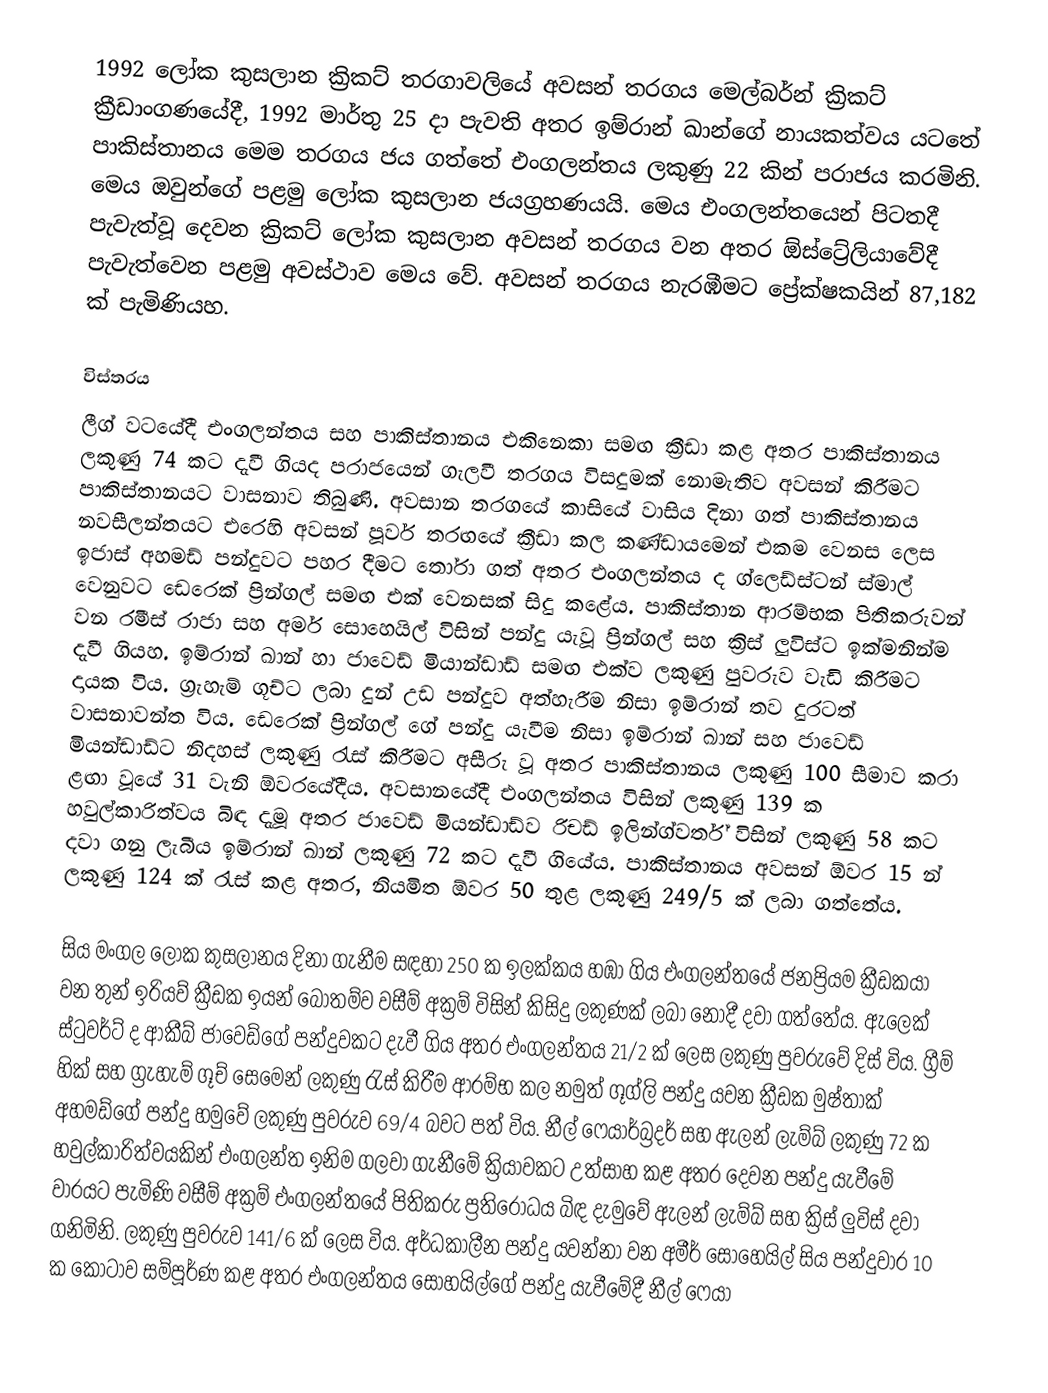
1992 ලෝක කුසලාන ක්‍රිකට් තරගාවලියේ අවසන් තරගය මෙල්බර්න් ක්‍රිකට් ක්‍රීඩාංගණයේදී, 1992 මාර්තු 25 දා පැවති අතර ඉම්රාන් ඛාන්ගේ නායකත්වය යටතේ පාකිස්තානය මෙම තරගය ජය ගත්තේ එංගලන්තය ලකුණු 22 කින් පරාජය කරමිනි. මෙය ඔවුන්ගේ පළමු ලෝක කුසලාන ජයග්‍රහණයයි. මෙය එංගලන්තයෙන් පිටතදී පැවැත්වූ දෙවන ක්‍රිකට් ලෝක කුසලාන අවසන් තරගය වන අතර ඕස්ට්‍රේලියාවේදී පැවැත්වෙන පළමු අවස්ථාව මෙය වේ. අවසන් තරගය නැරඹීමට ප්‍රේක්ෂකයින් 87,182 ක් පැමිණියහ.

විස්තරය
ලීග් වටයේදී එංගලන්තය සහ පාකිස්තානය එකිනෙකා සමඟ ක්‍රීඩා කළ අතර පාකිස්තානය ලකුණු 74 කට දැවී ගියද පරාජයෙන් ගැලවී තරගය විසදුමක් නොමැතිව අවසන් කිරීමට පාකිස්තානයට වාසනාව තිබුණි. අවසාන තරගයේ කාසියේ වාසිය දිනා ගත් පාකිස්තානය නවසීලන්තයට එරෙහි අවසන් පූර්ව තරඟයේ ක්‍රීඩා කල කණ්ඩායමෙන් එකම වෙනස ලෙස ඉජාස් අහමඩ් පන්දුවට පහර දීමට තෝරා ගත් අතර එංගලන්තය ද ග්ලෙඩ්ස්ටන් ස්මාල් වෙනුවට ඩෙරෙක් ප්‍රින්ගල් සමඟ එක් වෙනසක් සිදු කළේය. පාකිස්තාන ආරම්භක පිතිකරුවන් වන රමීස් රාජා සහ අමර් සොහෙයිල් විසින් පන්දු යැවූ ප්‍රින්ගල් සහ ක්‍රිස් ලුවිස්ට ඉක්මනින්ම දැවී ගියහ. ඉම්රාන් ඛාන් හා ජාවෙඩ් මියාන්ඩාඩ් සමඟ එක්ව ලකුණු පුවරුව වැඩි කිරීමට දායක විය. ග්‍රැහැම් ගූච්ට ලබා දුන් උඩ පන්දුව අත්හැරීම නිසා ඉම්රාන් තව දුරටත් වාසනාවන්ත විය. ඩෙරෙක් ප්‍රින්ගල් ගේ පන්දු යැවීම නිසා ඉම්රාන් ඛාන් සහ ජාවෙඩ් මියන්ඩාඩ්ට නිදහස් ලකුණු රැස් කිරීමට අසීරු වූ අතර පාකිස්තානය ලකුණු 100 සීමාව කරා ළඟා වූයේ 31 වැනි ඕවරයේදීය. අවසානයේදී එංගලන්තය විසින් ලකුණු 139 ක හවුල්කාරිත්වය බිඳ දැමූ අතර ජාවෙඩ් මියන්ඩාඩ්ව රිචඩ් ඉලින්ග්වර්ත් විසින් ලකුණු 58 කට දවා ගනු ලැබීය ඉම්රාන් ඛාන් ලකුණු 72 කට දැවී ගියේය. පාකිස්තානය අවසන් ඕවර 15 න් ලකුණු 124 ක් රැස් කළ අතර, නියමිත ඕවර 50 තුළ ලකුණු 249/5 ක් ලබා ගත්තේය.

සිය මංගල ලෝක කුසලානය දිනා ගැනීම සඳහා 250 ක ඉලක්කය හඹා ගිය එංගලන්තයේ ජනප්‍රියම ක්‍රීඩකයා වන තුන් ඉරියව් ක්‍රීඩක ඉයන් බොතම්ව වසීම් අක්‍රම් විසින් කිසිදු ලකුණක් ලබා නොදී  දවා ගත්තේය. ඇලෙක් ස්ටුවර්ට් ද ආකීබ් ජාවෙඩ්ගේ පන්දුවකට දැවී ගිය අතර එංගලන්තය 21/2 ක් ලෙස ලකුණු පුවරුවේ දිස් විය. ග්‍රීම් හික් සහ ග්‍රැහැම් ගූච් සෙමෙන් ලකුණු රැස් කිරීම ආරම්භ කල නමුත් ගූග්ලි පන්දු යවන ක්‍රීඩක මුෂ්තාක් අහමඩ්ගේ පන්දු හමුවේ ලකුණු පුවරුව 69/4 බවට පත් විය. නීල් ෆෙයාර්බ්‍රදර් සහ ඇලන් ලැම්බ් ලකුණු 72 ක හවුල්කාරිත්වයකින් එංගලන්ත ඉනිම ගලවා ගැනීමේ ක්‍රියාවකට උත්සාහ කළ අතර දෙවන පන්දු යැවීමේ වාරයට පැමිණි වසීම් අක්‍රම් එංගලන්තයේ පිතිකරු ප්‍රතිරෝධය බිඳ දැමුවේ ඇලන් ලැම්බ් සහ ක්‍රිස් ලුවිස් දවා ගනිමිනි. ලකුණු පුවරුව  141/6 ක් ලෙස විය. අර්ධකාලීන පන්දු යවන්නා වන අමීර් සොහෙයිල් සිය පන්දුවාර 10 ක කෝටාව සම්පූර්ණ කළ අතර එංගලන්තය සොහයිල්ගේ පන්දු යැවීමේදී නීල් ෆෙයා